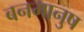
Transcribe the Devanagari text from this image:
बनमानुष